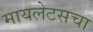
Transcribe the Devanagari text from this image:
मायलेटसचा